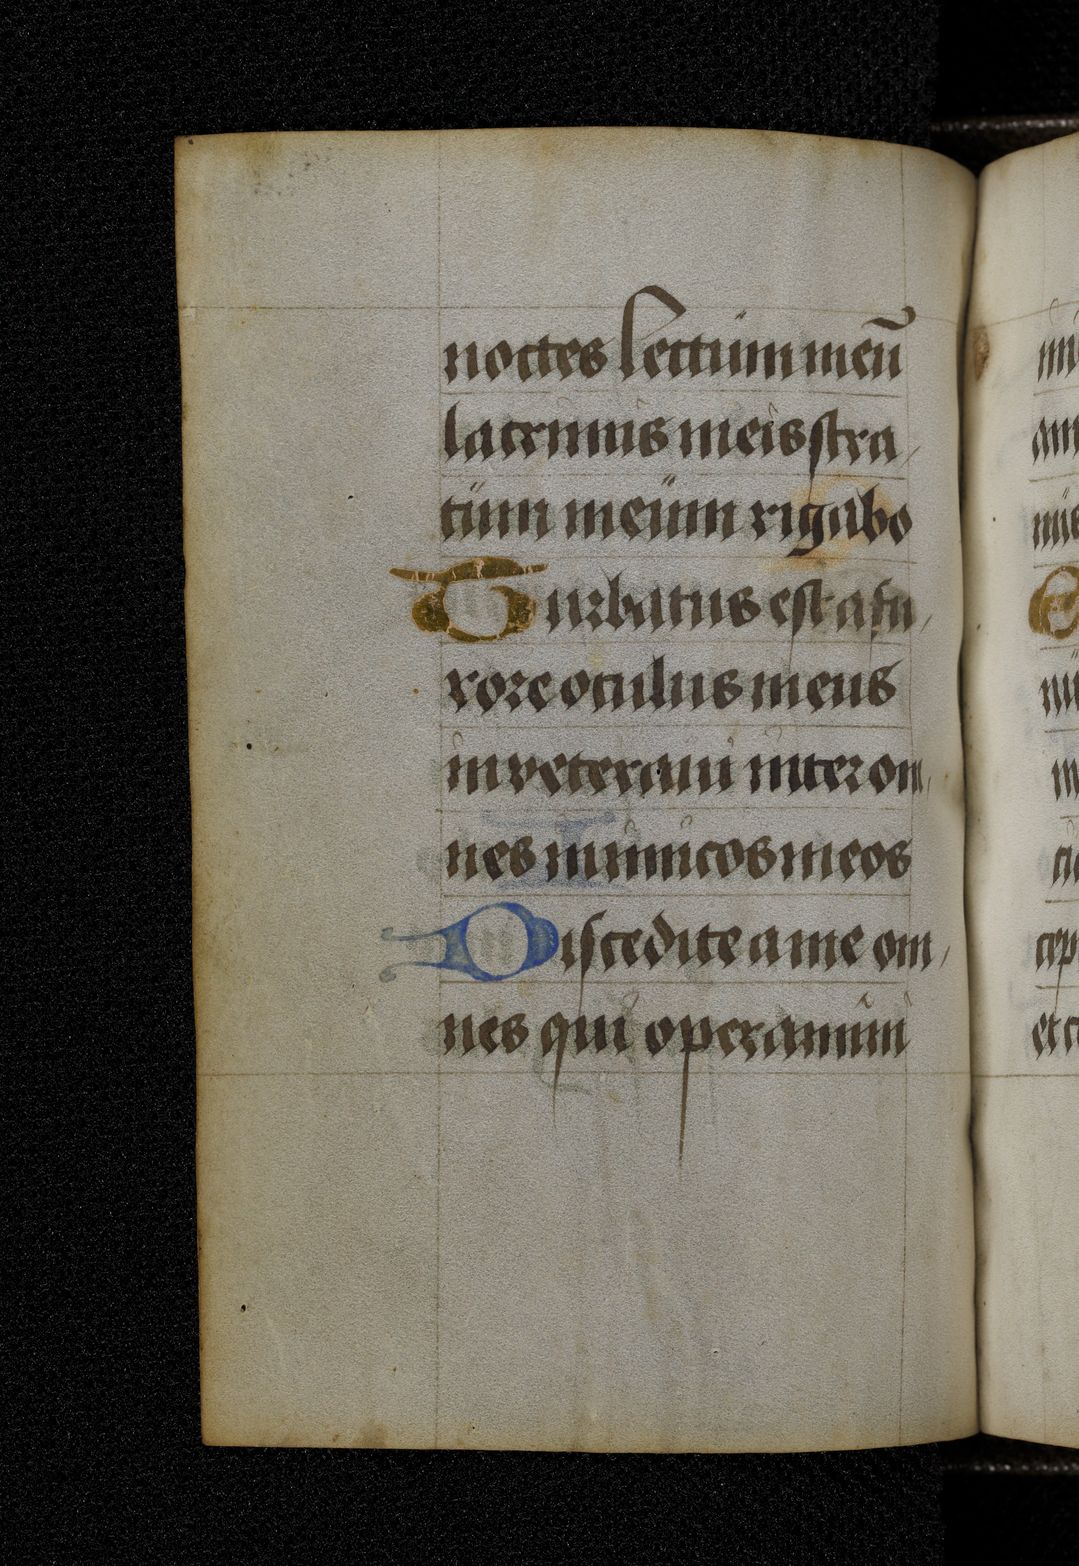
Shelfmark: Berlin, Staatsbibliothek, Germ. Oct. 511
Century: 15